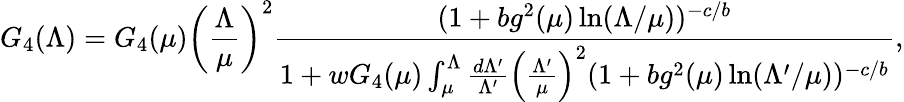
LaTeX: G_{4}(\Lambda)=G_{4}(\mu)\left(\frac{\Lambda}{\mu}\right)^{2}\frac{(1+bg^{2}(\mu)\ln(\Lambda/\mu))^{-c/b}}{1+wG_{4}(\mu)\int_{\mu}^{\Lambda}\frac{d\Lambda^{\prime}}{\Lambda^{\prime}}\left(\frac{\Lambda^{\prime}}{\mu}\right)^{2}(1+bg^{2}(\mu)\ln(\Lambda^{\prime}/\mu))^{-c/b}},